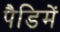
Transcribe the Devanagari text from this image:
पैडिमें